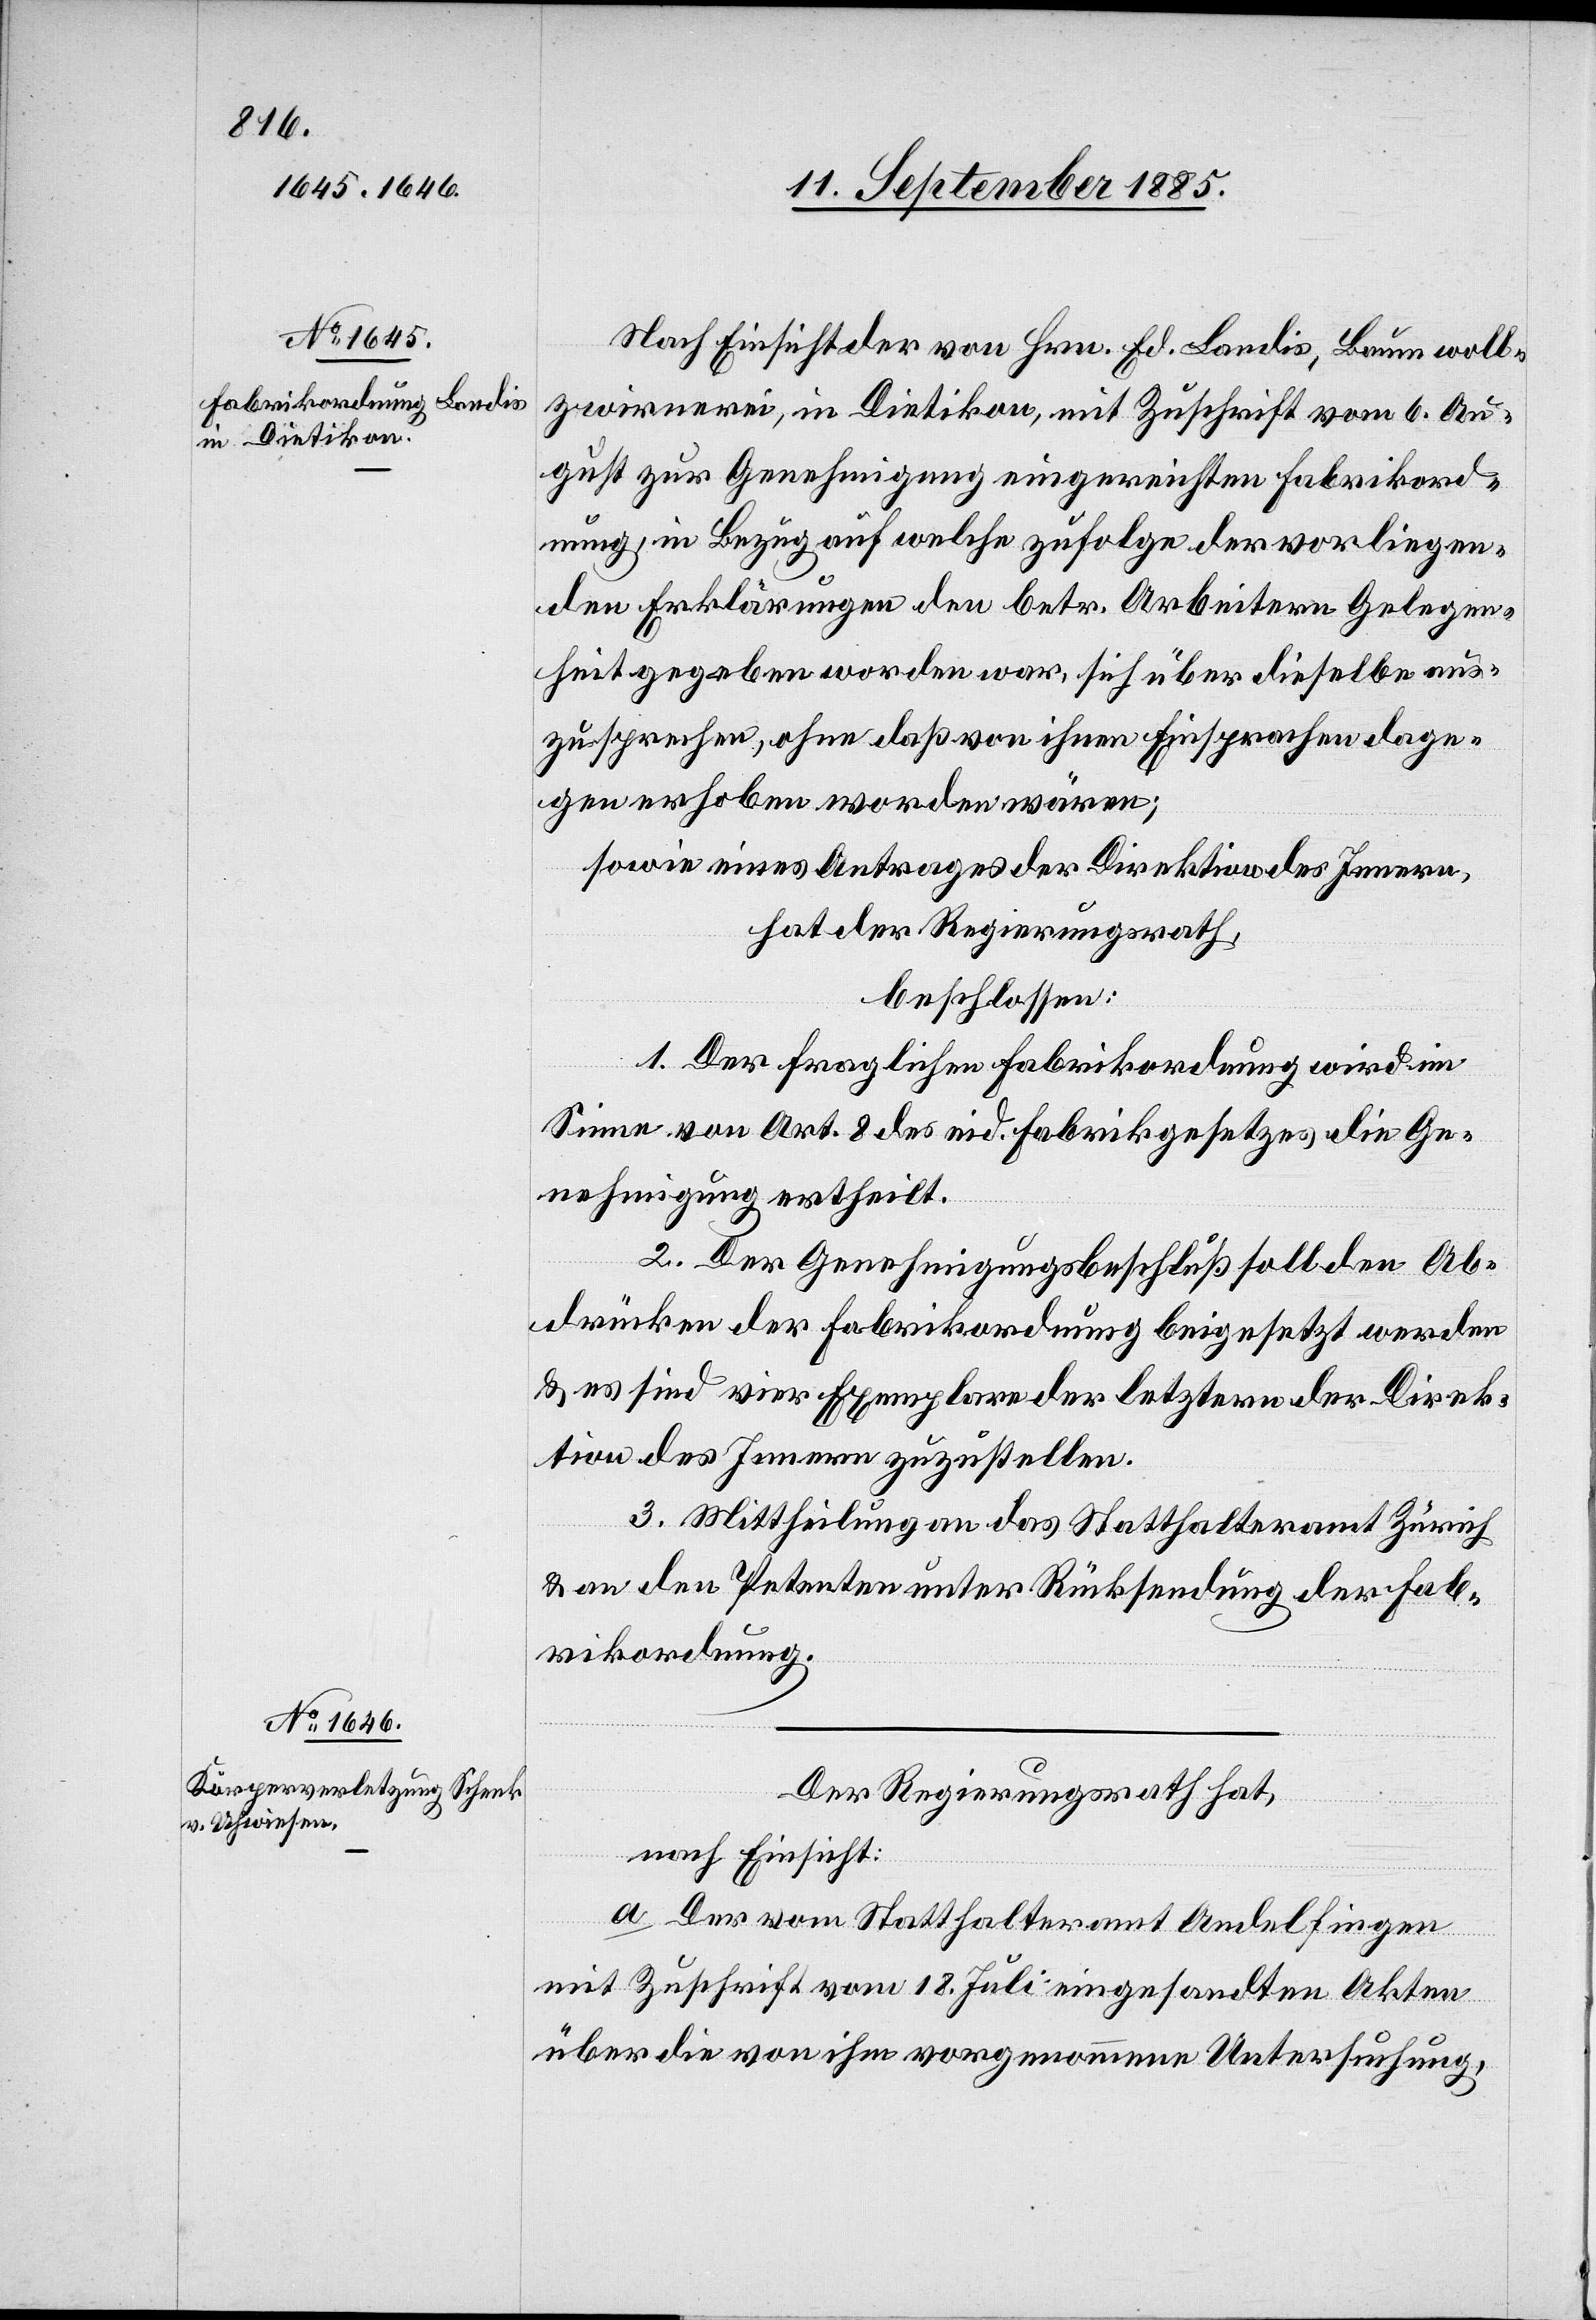
Nach Einsicht der von Hrn. Ed. Landis, Baumwoll¬
zwirnerei, in Dietikon, mit Zuschrift vom 6. Au¬
gust zur Genehmigung eingereichten Fabrikord¬
nung, in Bezug auf welche zufolge der vorliegen¬
den Erklärungen den betr. Arbeitern Gelegen¬
heit gegeben worden war, sich über dieselbe aus¬
zusprechen, ohne daß von ihnen Einsprachen dage¬
gen erhoben worden wären;
sowie eines Antrages der Direktion des Innern,
hat der Regierungsrath,
beschlossen:
1. Der fraglichen Fabrikordnung wird im
Sinne von Art. 8 des eid. Fabrikgesetzes die Ge¬
nehmigung ertheilt.
2. Der Genehmigungsbeschluß soll den Ab¬
drücken der Fabrikordnung beigesetzt werden
& es sind vier Exemplare der letztern der Direk¬
tion des Innern zuzustellen.
3. Mittheilung an das Statthalteramt Zürich
& an den Petenten unter Rücksendung der Fab¬
rikordnung.
Der Regierungsrath hat,
nach Einsicht:
a. Der vom Statthalteramt Andelfingen
mit Zuschrift vom 18. Juli eingesandten Akten
über die von ihm vorgenommene Untersuchung,